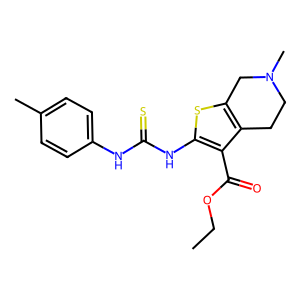
SMILES: CCOC(=O)c1c(NC(=S)Nc2ccc(C)cc2)sc2c1CCN(C)C2
Inhibits HIV replication: No